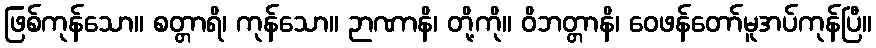
ဖြစ်ကုန်သော။ စတ္တာရိ၊ ကုန်သော။ ဉာဏာနိ၊ တို့ကို။ ဝိဘတ္တာနိ၊ ဝေဖန်တော်မူအပ်ကုန်ပြီ။